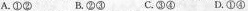
A.①② B.②③ C.③④ D.①④